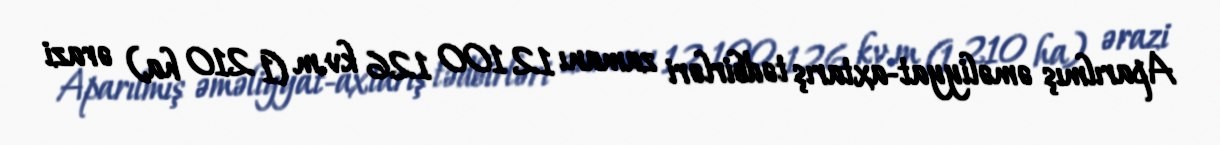
Aparılmış əməliyyat-axtarış tədbirləri zamanı 12 100 126 kv.m (1 210 ha) ərazi